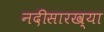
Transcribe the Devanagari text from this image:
नदीसारख्या